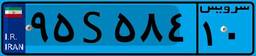
۹۵S۵۸۴۱۰